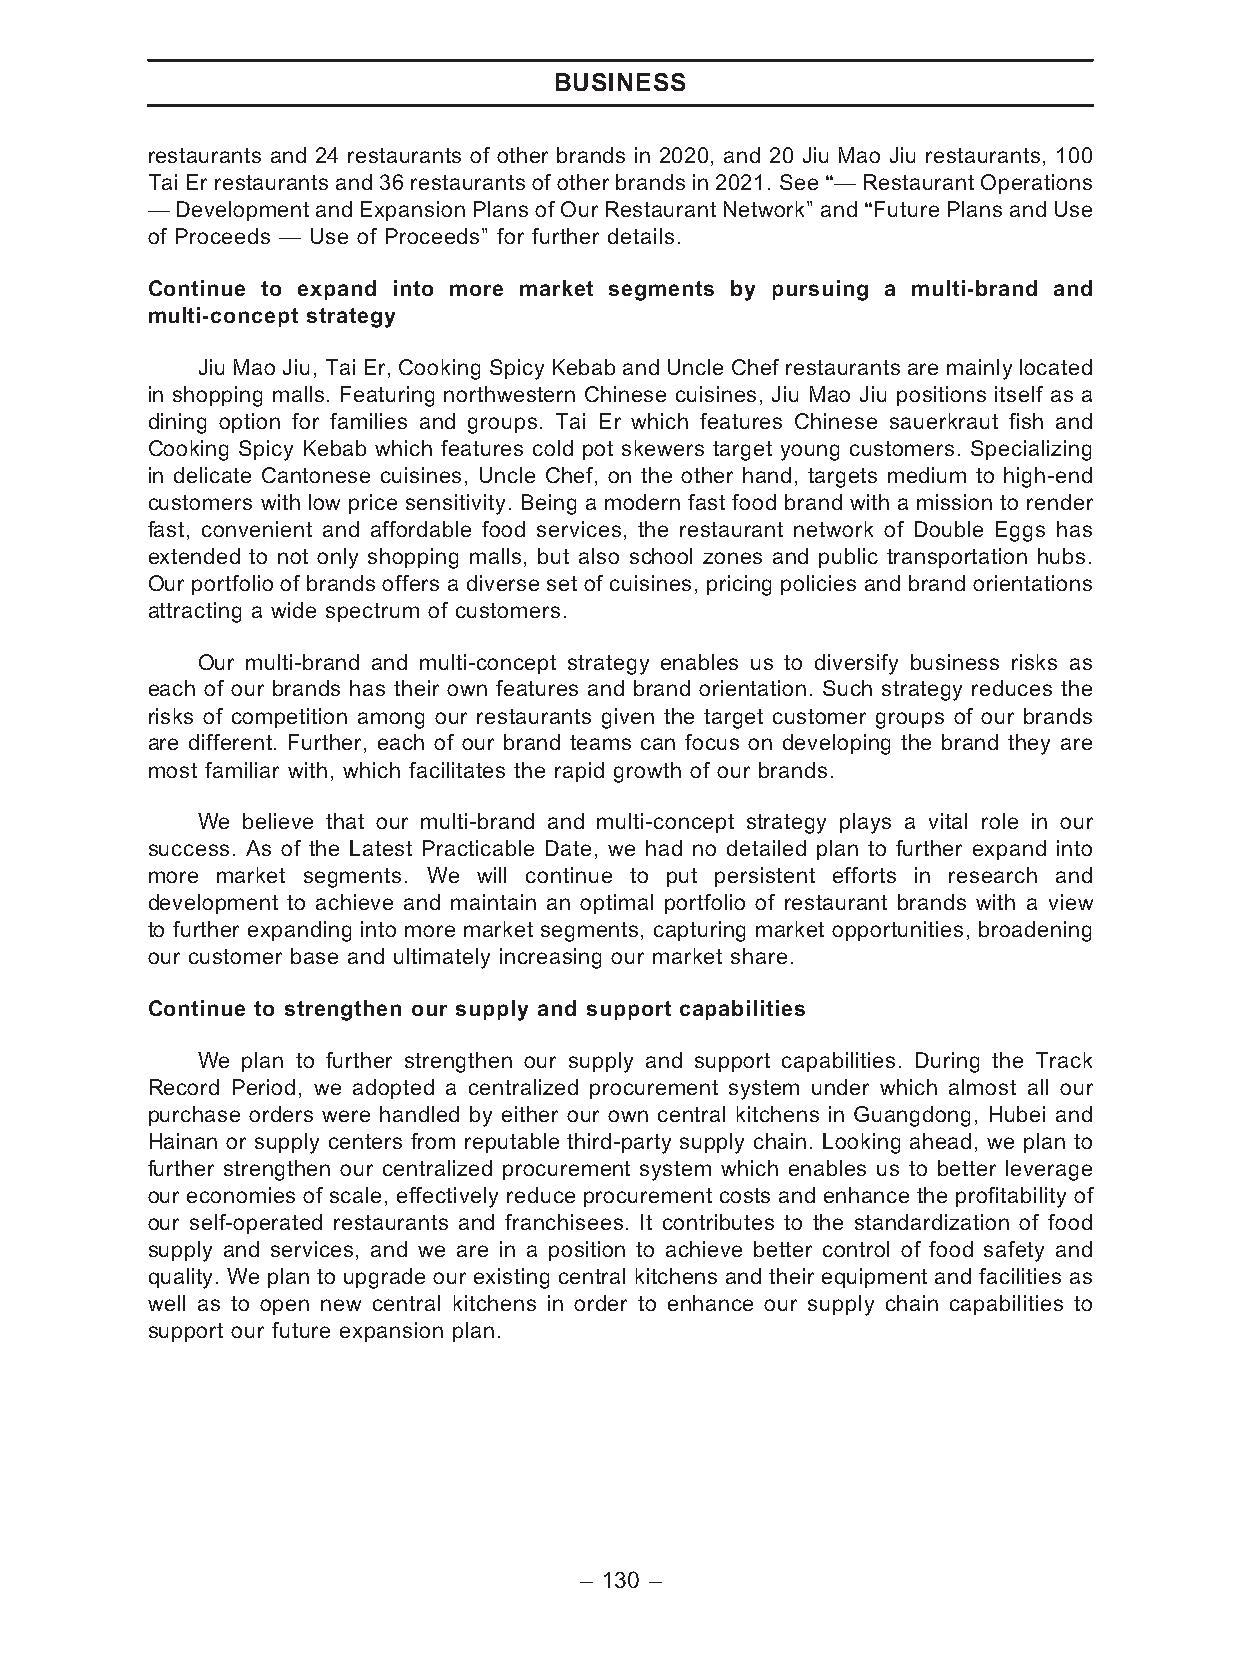
BUSINESS
 restaurants and 24 restaurants of other brands in 2020, and 20 Jiu Mao Jiu restaurants, 100
 Tai Er restaurants and 36 restaurants of other brands in 2021. See ‘‘— Restaurant Operations
 —Development andExpansionPlansof OurRestaurant Network’’and‘‘Future Plansand Use
 of Proceeds — Use of Proceeds’’ for further details.
 Continue to expand into more market segments by pursuing a multi-brand and
 multi-concept strategy
 Jiu Mao Jiu, Tai Er, Cooking Spicy Kebab and Uncle Chef restaurants are mainly located
 in shopping malls. Featuring northwestern Chinese cuisines, Jiu Mao Jiu positions itself as a
 dining option for families and groups. Tai Er which features Chinese sauerkraut fish and
 Cooking Spicy Kebab which features cold pot skewers target young customers. Specializing
 in delicate Cantonese cuisines, Uncle Chef, on the other hand, targets medium to high-end
 customers with low price sensitivity. Being a modern fast food brand with a mission to render
 fast, convenient and affordable food services, the restaurant network of Double Eggs has
 extended to not only shopping malls, but also school zones and public transportation hubs.
 Our portfolio of brands offers a diverse set of cuisines, pricing policies and brand orientations
 attracting a wide spectrum of customers.
 Our multi-brand and multi-concept strategy enables us to diversify business risks as
 each of our brands has their own features and brand orientation. Such strategy reduces the
 risks of competition among our restaurants given the target customer groups of our brands
 are different. Further, each of our brand teams can focus on developing the brand they are
 most familiar with, which facilitates the rapid growth of our brands.
 We believe that our multi-brand and multi-concept strategy plays a vital role in our
 success. As of the Latest Practicable Date, we had no detailed plan to further expand into
 more market segments. We will continue to put persistent efforts in research and
 development to achieve and maintain an optimal portfolio of restaurant brands with a view
 to further expanding into more market segments, capturing market opportunities, broadening
 our customer base and ultimately increasing our market share.
 Continue to strengthen our supply and support capabilities
 We plan to further strengthen our supply and support capabilities. During the Track
 Record Period, we adopted a centralized procurement system under which almost all our
 purchase orders were handled by either our own central kitchens in Guangdong, Hubei and
 Hainan or supply centers from reputable third-party supply chain. Looking ahead, we plan to
 further strengthen our centralized procurement system which enables us to better leverage
 our economies of scale, effectively reduce procurement costs and enhance the profitability of
 our self-operated restaurants and franchisees. It contributes to the standardization of food
 supply and services, and we are in a position to achieve better control of food safety and
 quality. We plan to upgrade our existing central kitchens and their equipment and facilities as
 well as to open new central kitchens in order to enhance our supply chain capabilities to
 support our future expansion plan.
 – 130 –